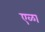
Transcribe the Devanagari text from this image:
एळा